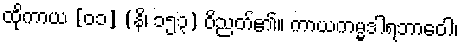
ထိုကာယ [၀၁] (နိ၊ ၁၅၃) ဝိညတ်၏။ ကာယကမ္မဒါရဘာဝေါ၊